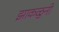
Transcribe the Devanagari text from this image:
झाकळुनी